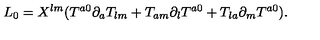
L _ { 0 } = X ^ { l m } ( T ^ { a 0 } \partial _ { a } T _ { l m } + T _ { a m } \partial _ { l } T ^ { a 0 } + T _ { l a } \partial _ { m } T ^ { a 0 } ) .